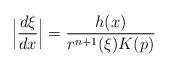
LaTeX: \begin{align*}\Big|\frac{d\xi}{dx}\Big|=\frac{h(x)}{r^{n+1}(\xi)K(p)}\end{align*}